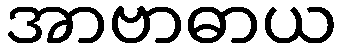
အာဗာဓာယ